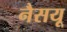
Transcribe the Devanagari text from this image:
नैसयू